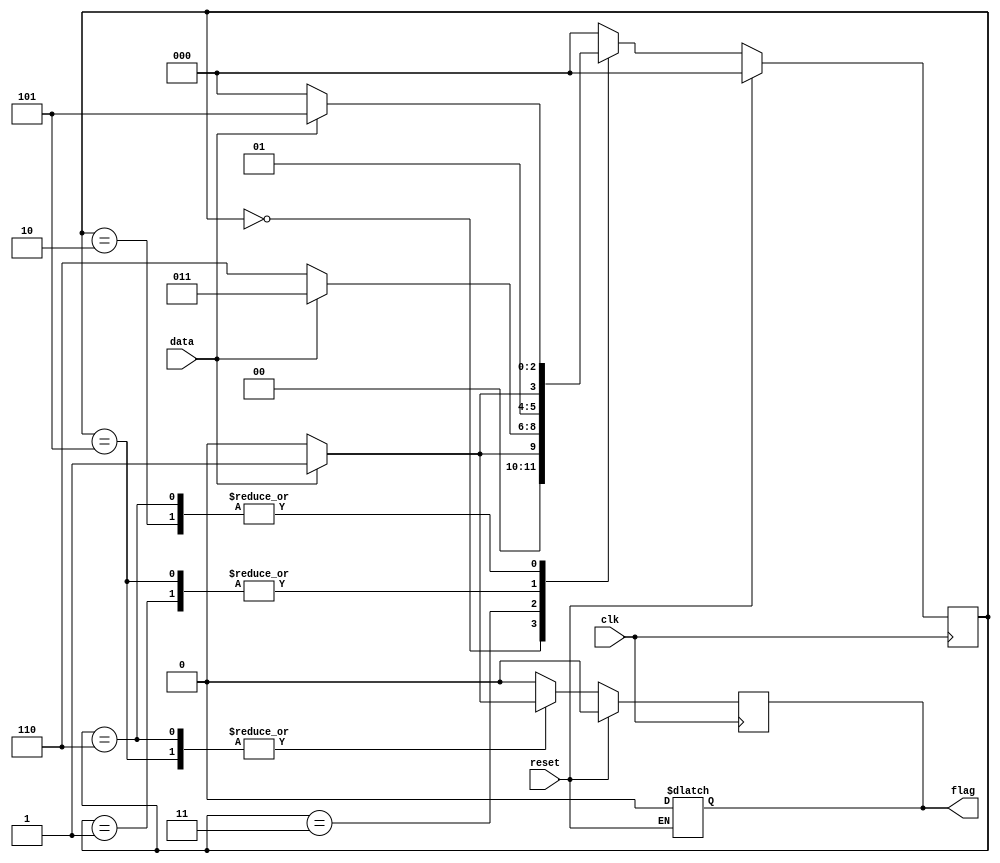
module PAT(clk, reset, data, flag);
    input clk, reset, data;
    output reg flag;
    reg [2:0] state;
    reg [2:0] next_state;
    initial begin
        state = 3'b000;
        next_state = 3'b000;
    end
    always@(posedge clk)begin
        if(reset)
            state <= 3'b000;
        else
            state <= next_state;
    end

    always@(*)begin
        if(reset) begin
            next_state = 3'b000;
            flag = 1'b0;
        end
        else begin
        case(state)
            3'b000:begin
                if(data)
                    next_state = 3'b001;
                else
                    next_state = 3'b000;
            end
            3'b001:begin
                if(data)
                    next_state = 3'b011;
                else
                    next_state = 3'b010;
            end
            3'b010:begin
                if(data)
                    next_state = 3'b101;
                else
                    next_state = 3'b000;
            end
            3'b011:begin
                if(data)
                    next_state = 3'b011;
                else
                    next_state = 3'b110;
            end
            3'b101:begin
                if(data)
                    next_state = 3'b011;
                else
                    next_state = 3'b010;
            end
            3'b110:begin
                if(data)
                    next_state = 3'b101;
                else
                    next_state = 3'b000;
            end
            default:begin
                next_state = 3'b000;
            end
        endcase
        end
    end

    always@(posedge clk)begin
        if(reset)
            flag = 1'b0;
        else begin
            case(state)
                3'b110:begin
                    if(data)
                        flag = 1'b1;
                    else
                        flag = 1'b0;
                end
                3'b101:begin
                    if(data)
                        flag = 1'b1;
                    else
                        flag = 1'b0;
                end
                default:begin
                    flag = 1'b0;
                end
            endcase
        end
    end
endmodule


module Traffic_Light_Controller(CLK, RESET, LR_has_Car, HW_light, LR_light);
    input CLK, RESET, LR_has_Car;
    output reg [2:0] HW_light, LR_light;
    integer i;
    reg [2:0] state;
    initial begin
        state = 3'b000;
        i = 5;
    end
    always@(*) begin
        if(RESET) begin
            state = 3'b000;
            HW_light = 3'b100;
            LR_light = 3'b001;
            i = 5;
        end
        else begin
            case(state)
                3'b000: begin
                    HW_light = 3'b100;
                    LR_light = 3'b001;
                end
                3'b001: begin
                    HW_light = 3'b010;
                    LR_light = 3'b001;
                end
                3'b010: begin
                    HW_light = 3'b001;
                    LR_light = 3'b001;
                end
                3'b100: begin
                    HW_light = 3'b001;
                    LR_light = 3'b100;
                end
                3'b101: begin
                    HW_light = 3'b001;
                    LR_light = 3'b010;
                end
                3'b110: begin
                    HW_light = 3'b001;
                    LR_light = 3'b001;
                end
            endcase
        end
    end
    always@(posedge CLK && !RESET)begin
        if(i == 0) begin
            case(state)
                3'b000:begin
                    if(LR_has_Car) begin
                        state <= 3'b001;
                        i = 2;
                    end
                end
                3'b001:begin
                    state <= 3'b010;
                end
                3'b010:begin
                    state <= 3'b100;
                    i = 4;
                end
                3'b100:begin
                    state <= 3'b101;
                    i = 2;
                end
                3'b101:begin
                    state <= 3'b110;
                end
                3'b110:begin
                    state <= 3'b000;
                    i = 4;
                end
                default:begin
                    state <= 3'b000;
                    i = 4;
                end
            endcase
        end
        else i = i - 1;
    end
endmodule